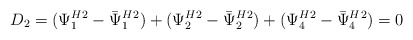
\begin{align*}D_2=({\Psi^H_1}{}^2 - {\bar{\Psi}^H_1}{}^2) +({\Psi^H_2}{}^2 - {\bar{\Psi}^H_2}{}^2)+({\Psi^H_4}{}^2 - {\bar{\Psi}^H_4}{}^2)=0\end{align*}